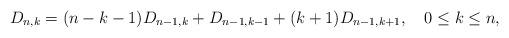
LaTeX: \begin{align*}D_{n,k}=(n-k-1)D_{n-1,k}+D_{n-1,k-1}+(k+1)D_{n-1,k+1}, ~~~0\leq k\leq n,\end{align*}